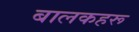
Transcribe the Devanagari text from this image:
बालकहरू